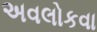
અવલોકવા